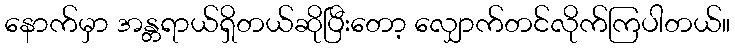
နောက်မှာ အန္တရာယ်ရှိတယ်ဆိုပြီးတော့ လျှောက်တင်လိုက်ကြပါတယ်။